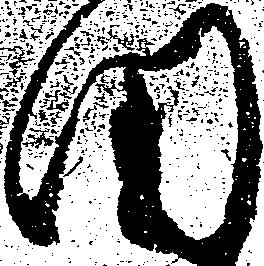
田